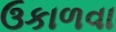
ઉકાળવા